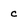
Character: c